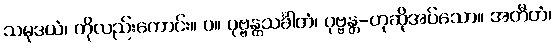
သမုဒယံ၊ ကိုလည်းကောင်း။ ပ။ ပုဗ္ဗန္တသင်္ခါတံ၊ ပုဗ္ဗန္တ-ဟုဆိုအပ်သော။ အတီတံ၊